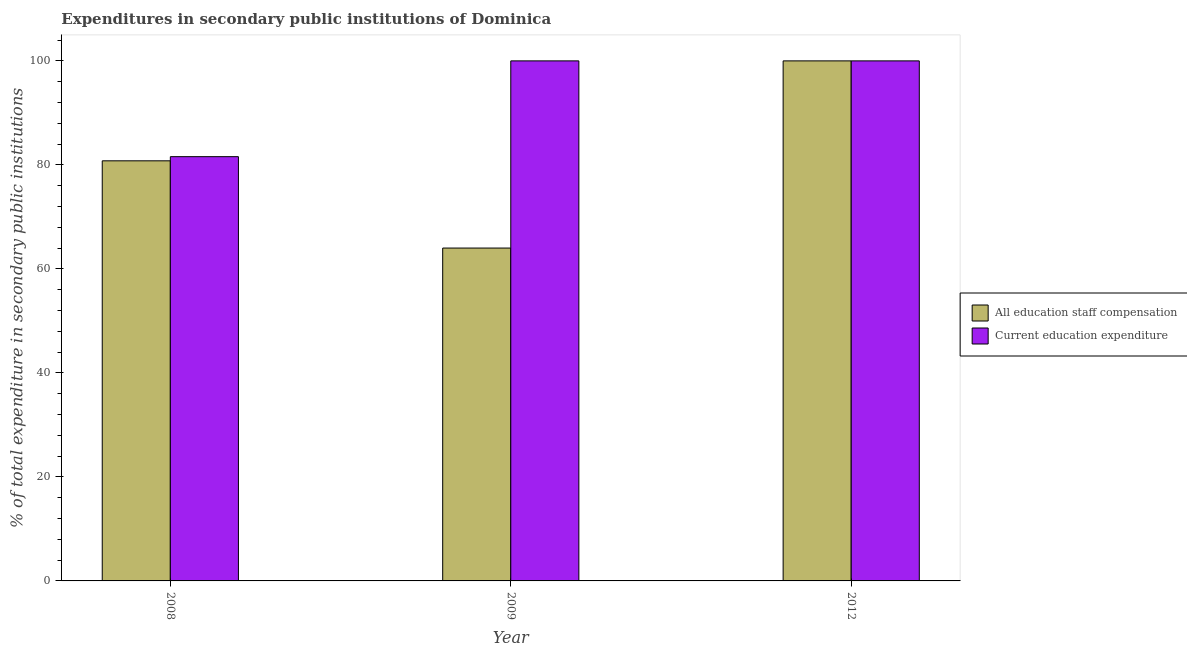
| Year | All education staff compensation | Current education expenditure |
 | --- | --- | --- |
 | 2008 | 80.8 | 81.6 |
 | 2009 | 64 | 100 |
 | 2012 | 100 | 100 |